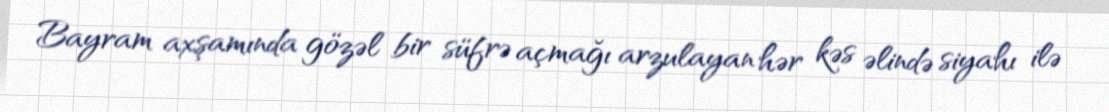
Bayram axşamında gözəl bir süfrə açmağı arzulayan hər kəs əlində siyahı ilə